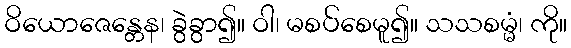
ဝိယောဇေန္တေန၊ ခွဲခွာ၍။ ဝါ၊ မစပ်စေမူ၍။ သသစမ္မံ၊ ကို။